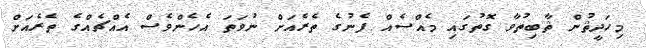
މިހަދީޘުން ޘާބިތުވާ ގޮތުގައި މެއްސެއް ފެނުގެ ތެރެއަށް ނުވަތަ އެހެންވެސް އެއްޗެއްގެ ތެރެއަށް